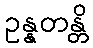
ဥန္နတန္တိ